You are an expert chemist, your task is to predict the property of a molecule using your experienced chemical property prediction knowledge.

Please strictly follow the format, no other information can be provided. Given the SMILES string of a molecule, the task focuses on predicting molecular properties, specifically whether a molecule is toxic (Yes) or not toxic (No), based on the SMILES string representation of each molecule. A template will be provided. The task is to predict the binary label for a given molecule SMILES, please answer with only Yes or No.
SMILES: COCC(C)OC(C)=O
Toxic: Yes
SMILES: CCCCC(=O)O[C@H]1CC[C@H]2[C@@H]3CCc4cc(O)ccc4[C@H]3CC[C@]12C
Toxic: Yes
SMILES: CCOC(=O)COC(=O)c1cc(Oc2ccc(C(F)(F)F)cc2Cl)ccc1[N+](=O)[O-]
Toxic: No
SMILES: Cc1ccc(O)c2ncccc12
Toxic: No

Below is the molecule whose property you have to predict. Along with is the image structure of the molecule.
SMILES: CCOc1ccc(NC(N)=O)cc1
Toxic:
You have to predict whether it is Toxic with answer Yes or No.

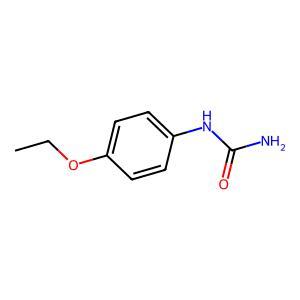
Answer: No